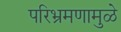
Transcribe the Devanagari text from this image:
परिभ्रमणामुळे